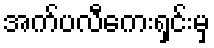
အက်ပလီကေးရှင်းမှ